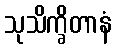
သုသိက္ခိတာနံ